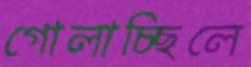
গোলাচ্ছিলে